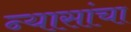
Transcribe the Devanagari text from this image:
न्यासांचा